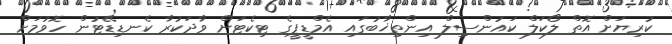
ކުރިޔަށް އޮތް ލޯކަލް ކައުންސިލް އިންތިޚާބުގައި އެމްޑީޕީގެ ޓިކެޓަށް ވާދަކުރާ ކެނޑިޑޭޓުން ހޮވުމަށް